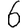
Digit: 6